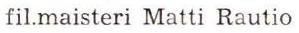
fil.maisteri Matti Rautio